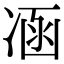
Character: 𠗙